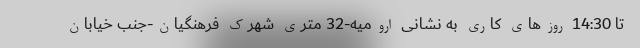
تا 14:30 روزهای کاری به نشانی اروميه-32 متري شهرك فرهنگيان-جنب خيابان